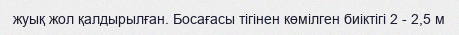
жуық жол қалдырылған. Босағасы тігінен көмілген биіктігі 2 - 2,5 м